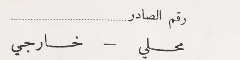
رقم الصادر
 محلي – خارجي